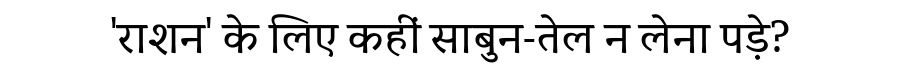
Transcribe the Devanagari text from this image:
'राशन' के लिए कहीं साबुन-तेल न लेना पड़े?